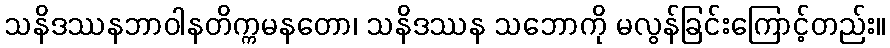
သနိဒဿနဘာဝါနတိက္ကမနတော၊ သနိဒဿန သဘောကို မလွန်ခြင်းကြောင့်တည်း။